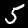
Digit: 5